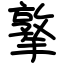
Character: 撉